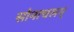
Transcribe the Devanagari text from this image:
सोनाचलम्